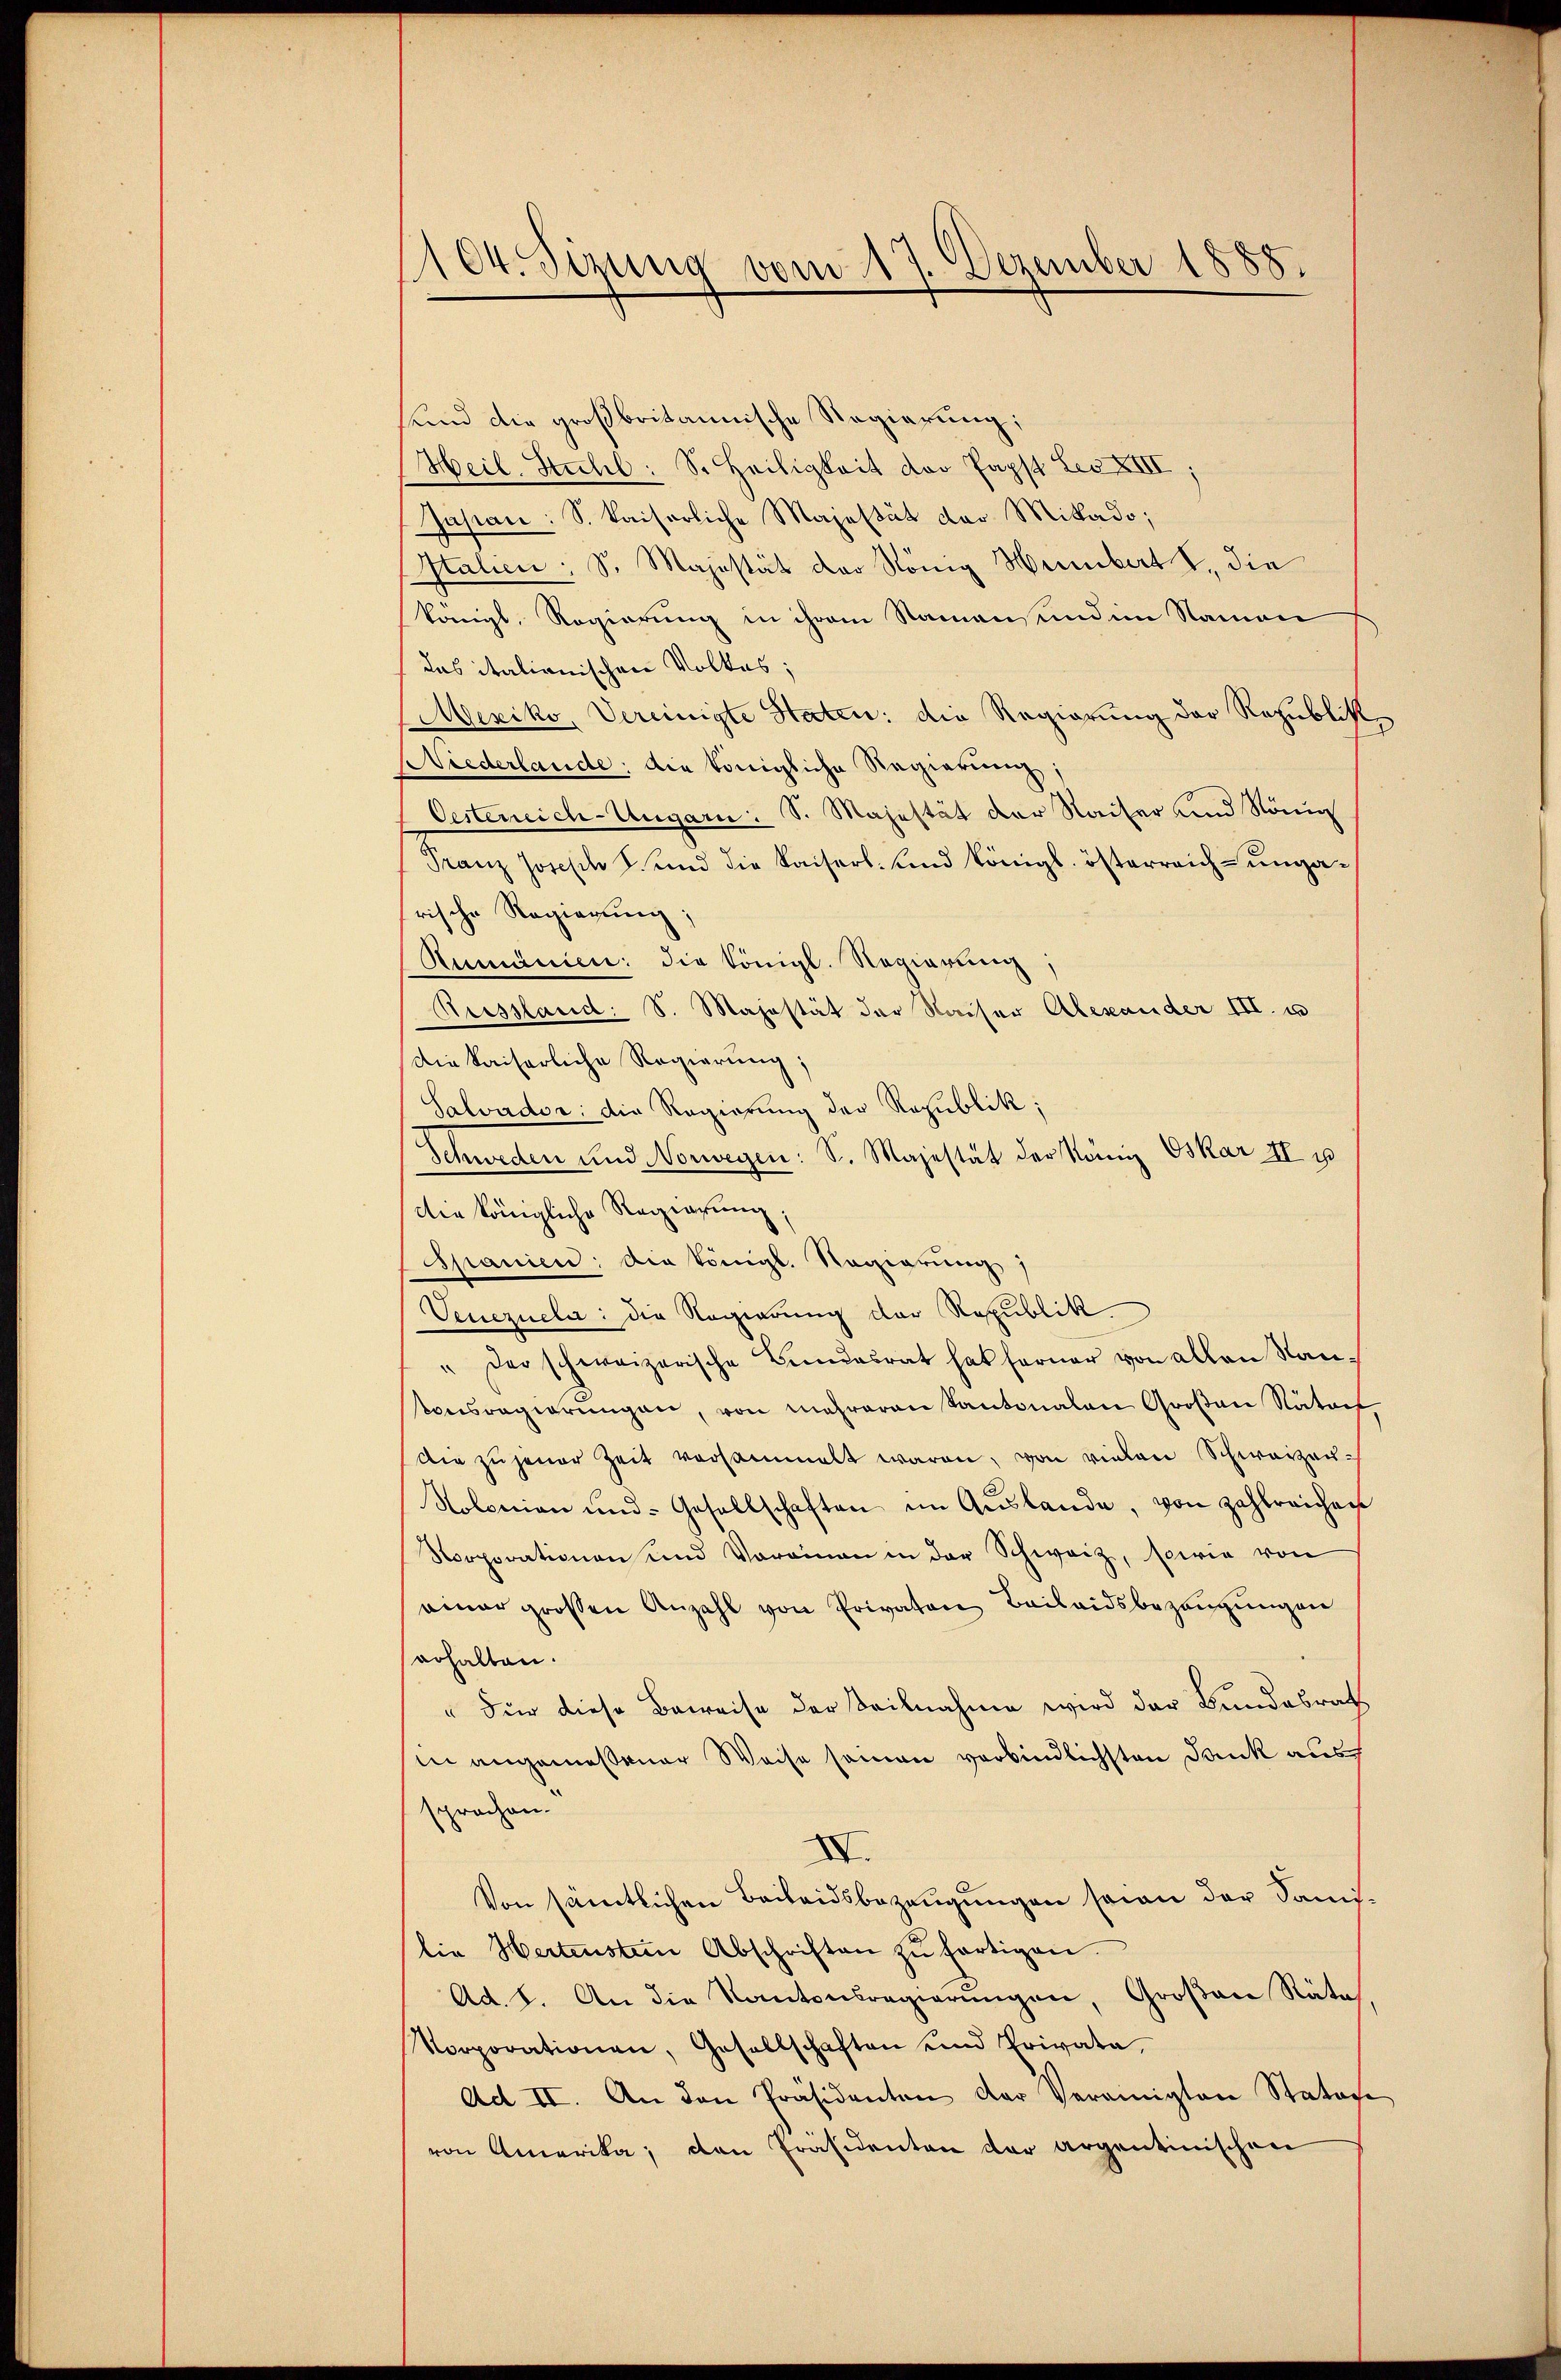
104. Sizung vom 17. Dezember 1888.

sund die großbritannische Regierung;
Heil. Stuhl: Sr. Heiligkeit der Papst Leo XIII,
Jasian: S. Kaiserliche Majestät der Mittado;
Italien; S. Majestät der König Hembert I, die
königl. Regierung in ihrem Namensund in Namen
das italianischen Volkes;
Mexiko, Vereinigte Staten: die Regierung der Republik
Niederlande: die königliche Regierung;
Oestereich-Ungarn. S. Majestät der Kaiser und König
Franz Joseph S. und die Kaiserl. und königl. österreich-ungarische Regierung;
Rumänien: die Königl. Regierung,
Reissland: S. Majestät der Kaiser Alexander III. u
Die kaiserliche Regierung;
Salvador die Regierung der Republik;
Schweden und Norwegen: S. Majestät der König Oskar II u
Die königliche Regierung.
Spanien: Die königl. Regierung)
Venezuela: die Regierung der Republik
" der schweizerische Bundesrat hat ferner von allen Nantonsregierungen, von mehreren Kantonalen Großen Nätorf,
die zu jener Zeit versammelt waren, von vielen Schwarzen¬
Nolonian und Gesellschaften im Aŭslande, von zahlreichae
Norporationen und Vorainen in der Schweiz, sowie von
einer grossen Anzahl von Privaten Beilaidsbezaŭgŭngen
erhalten.
"Für diese Beweise der Teilnahme wird der Bundesrath
in angemeßener Weise seinen verbindlichsten Dank ausch
sprochen.
XV.
Von sämtlichen Beileidsbezeugungen seine der Sanilie Hertenstein Abschriften zŭ fortigen.
Ad. 8. An die Kantonsregierungen, Großen Räte
Vorporationen, Gesellschaften und Privata
Ad II. An den Präsidenten der Vereinigten Statute
von Amerika, den Präsidenten der argentinischen